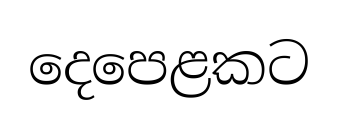
දෙපෙළකට